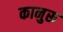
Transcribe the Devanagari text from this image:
कानुरू